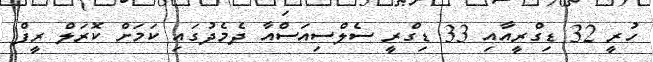
ހުރީ 32 ޑިގްރީއާއި 33 ޑިގްރީ ސެލްސިއަސްއާ ދެމެދުގައި ކަމަށް ކޮރަލް ރީފް